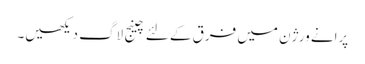
پرانے ورژن میں فرق کے لئے چینج لاگ دیکھیں۔